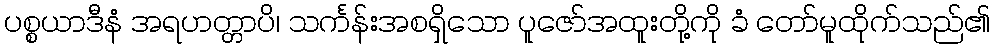
ပစ္စယာဒီနံ အရဟတ္တာပိ၊ သင်္ကန်းအစရှိသော ပူဇော်အထူးတို့ကို ခံ တော်မူထိုက်သည်၏